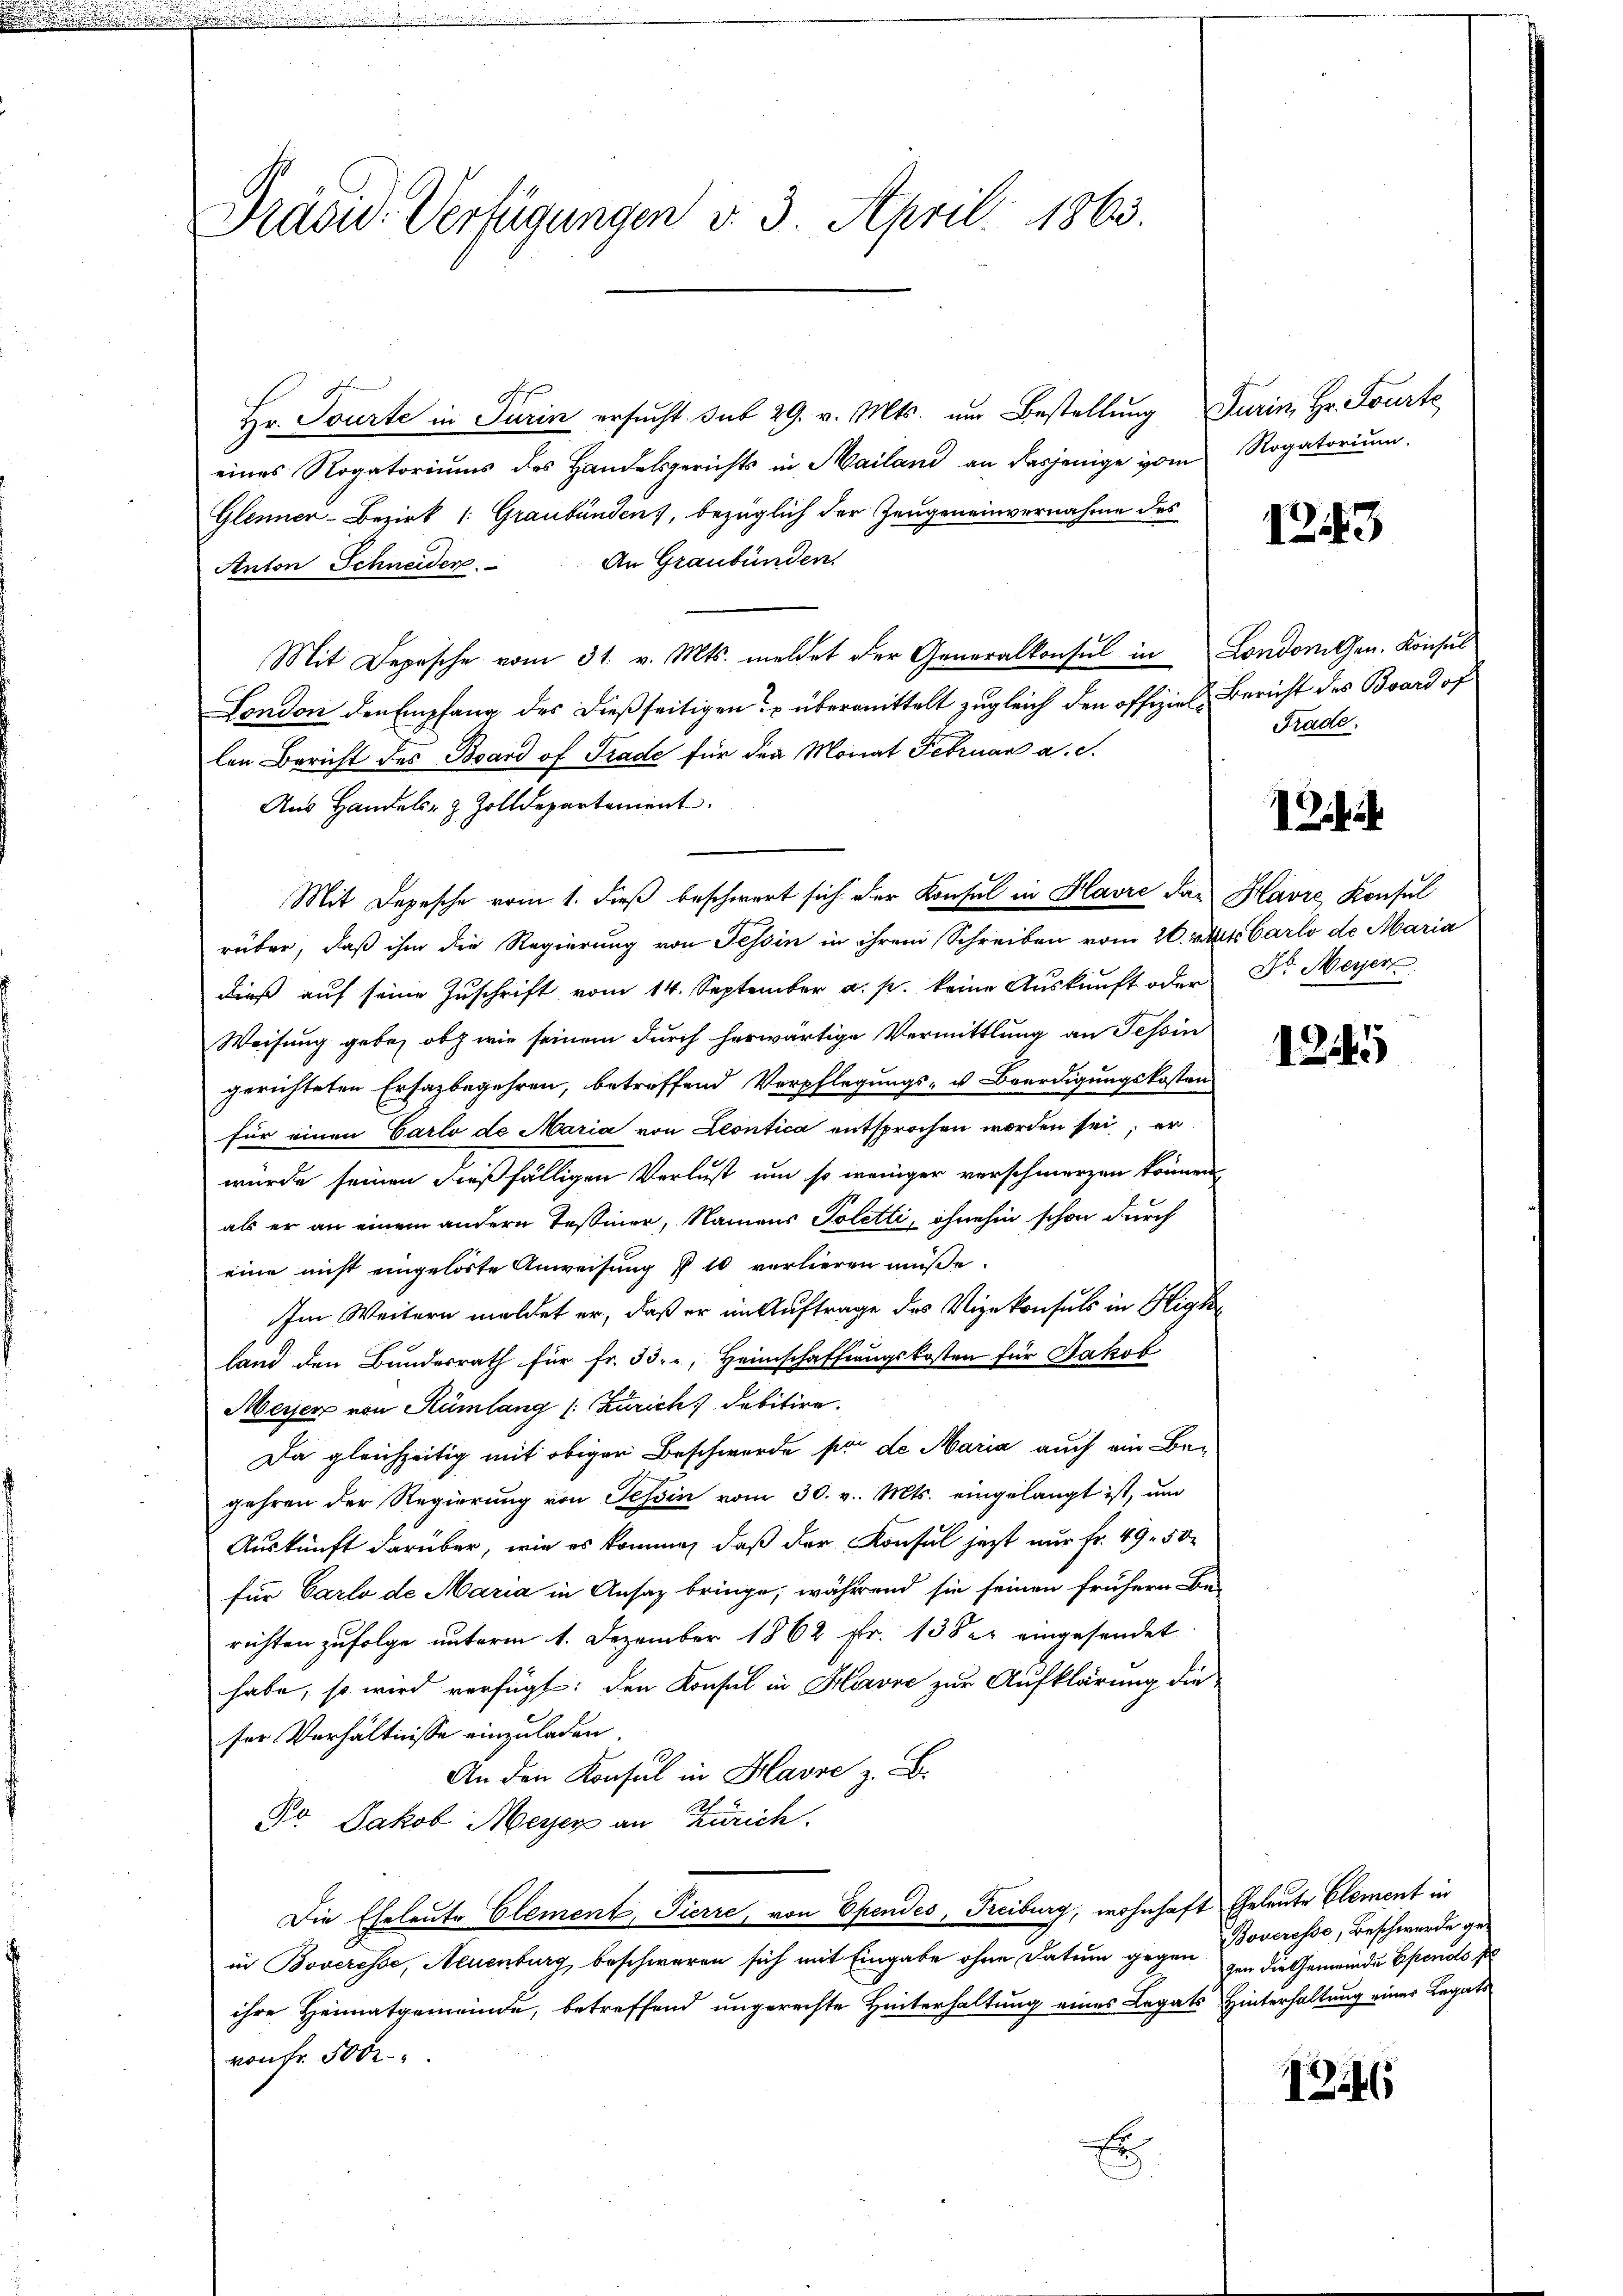
Präsid. Verfügungen v. 3. April 1863.

Hr. Tourte in Turin ersucht sub 29. v. Mts. um Bestellung Furin, Hr. Fourte,
eines Rogatoriums des Handelsgerichts in Mailand an dasjenige vom Rogatorium.
Glenner-Bezirk (: Graubünden), bezüglich der Zeugeneinvernahme des
Anton Schneiden. An Graubünden
Mit Depesche vom 31. v. Mts. meldet der Generalkonsul in Londorten. Konsul
London den Empfang des dießseitigen übermittelt zugleich den offiziele Bericht des Board of
len Bericht des Board of Trade für den Monat Februar a. c.
Aus Handels- & Zolldepartement.
Mit Depesche vom 1. dieß beschwert sich der Konsul in Havre das Havre Konsul
rüber, daß ihm die Regierung von Tessin in ihrem Schreiben vom 20. Mart. Carlo de Maria
dieβ aŭf seine Zŭschrift vom 14. September a. p. keine Aŭskŭnft oder Dr. Meyer
Weisung gebe, ob wie seinem durch herwärtige Vermittlung an Tessin
gerichteten Ersazbegehren, betreffend Verpflegungs- u Beerdigungskosten
für einen Carlo de Maria von Leontica entsprochen worden sei; er
würde seinen dießfälligen Verlust um so weniger verschmerzen können,
als er an einem andern Tessiner, Namens Toletti, ohnehin schon durch
eine nicht eingelöste Anweisung § 10 verlieren müße.
Im Weitern meldet er, daß er im Auftrage des Vizekonsuls in Higke
land den Bundesrath für Fr. 33. -, Heimschaffungskosten für Jakob
Meyer von Rümlang (: Zürich, debitire.
Da gleichzeitig mit obiger Beschwerde par de Maria auch ein Begehren der Regierung von Tessin vom 30. v. Mts. eingelangt ist, um
Auskunft darüber, wie es komme, daß der Konsul jetzt nur Fr. 49. 50.
für Carlo de Maria in Ansaz bringe, während sie seinen frühern Be-
richten zufolge unterm 1. Dezember 1862 fr. 138 eingesendet.
habe, so wird verfügt: den Konsul in Havre zur Aufklärung die
ser Verhältnisse einzuladen.
An den Konsul in Hause z. B.
No Jakob Meyer an Zürich
Die Eheleute Element, Pierre, von Opendes, Freiburg, wohnhaft Geleute Element in
in Boveresse, Neuenburg beschweren sich mit Eingabe ohne Datum gegen
ihre Heimatgemeinde, betreffend ungerechte Hinterhaltung eines Legats Hinterhaltung eines Legats
von Fr. 500
Er

1243

Frade.

h

1245

Boveresse, Beschwerde gegen die Gemeinde Ehends s

12246